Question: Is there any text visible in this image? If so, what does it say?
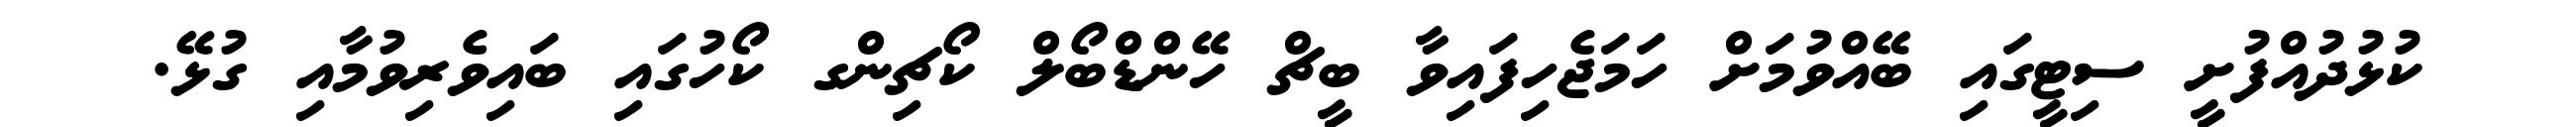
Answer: ކުޅުދުއްފުށީ ސިޓީގައި ބޭއްވުމަށް ހަމަޖެހިފައިވާ ބީޗް ހޭންޑްބޯލް ކޯޗިންގ ކޯހުގައި ބައިވެރިވުމާއި ގުޅޭ.